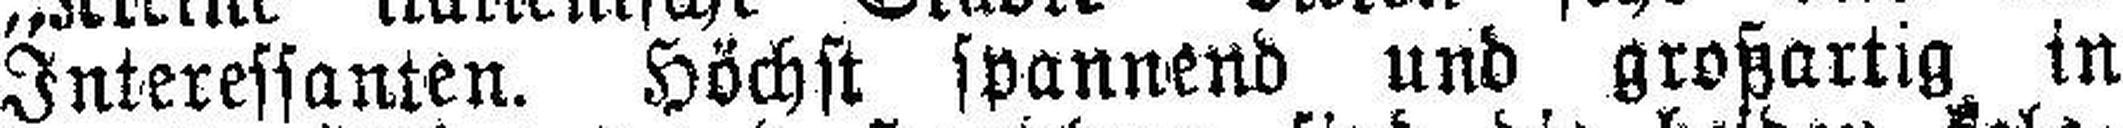
Interessanten. Höchst spannend und großartig in